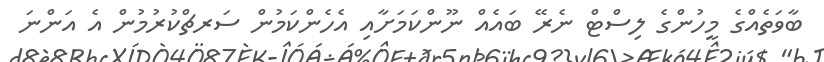
ބާވަތެއްގެ މީހުންގެ ލިސްޓް ނެރޭ ބައެއް ނޫންކަމަށާއި އެހެންކަމުން ސަރޗްކުރުމުން އެ އަންނަ